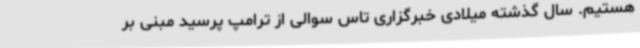
هستیم. سال گذشته میلادی خبرگزاری تاس سوالی از ترامپ پرسید مبنی بر